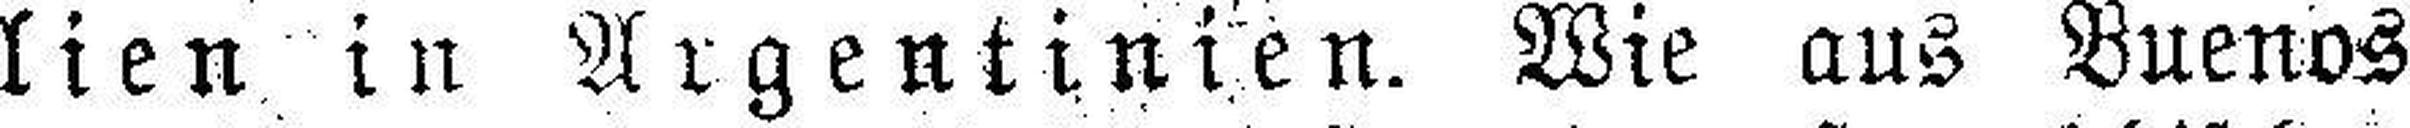
lien in Argentinien. Wie aus Buenos